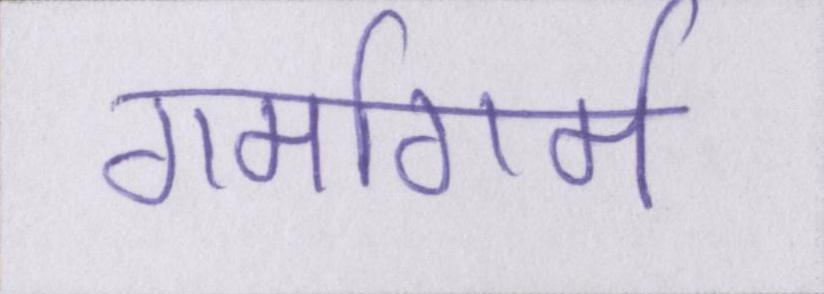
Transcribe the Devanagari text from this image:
गर्मागर्म